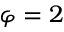
\varphi = 2